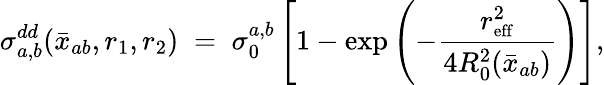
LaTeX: \sigma_{a,b}^{dd}(\bar{x}_{ab},r_{1},r_{2})\; =\; \sigma_{0}^{a,b}\left[1-\exp\left(-{\frac{r_{\mathrm{\small eff}}^{2}}{4R_{0}^{2}(\bar{x}_{ab})}}\right)\right],